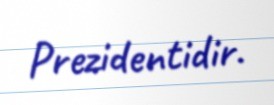
Prezidentidir.